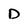
Character: D